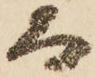
而